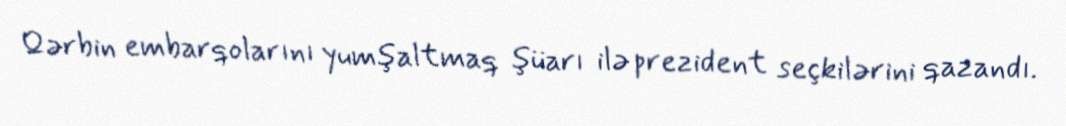
Qərbin embarqolarını yumşaltmaq şüarı ilə prezident seçkilərini qazandı.